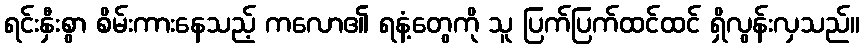
ရင်းနှီးစွာ စိမ်းကားနေသည့် ကလော၏ ရနံ့တွေကို သူ ပြက်ပြက်ထင်ထင် ရှိလွန်းလှသည်။